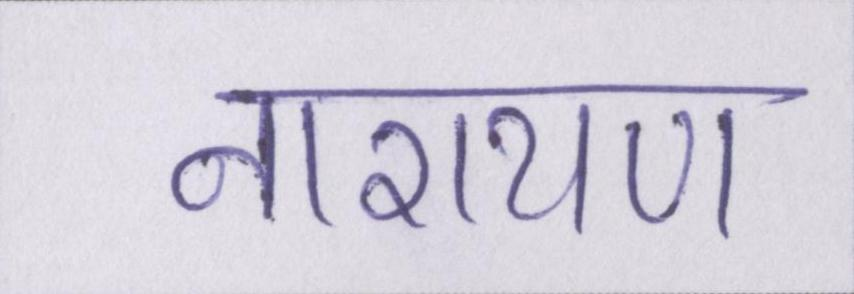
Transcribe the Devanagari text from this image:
नारायण